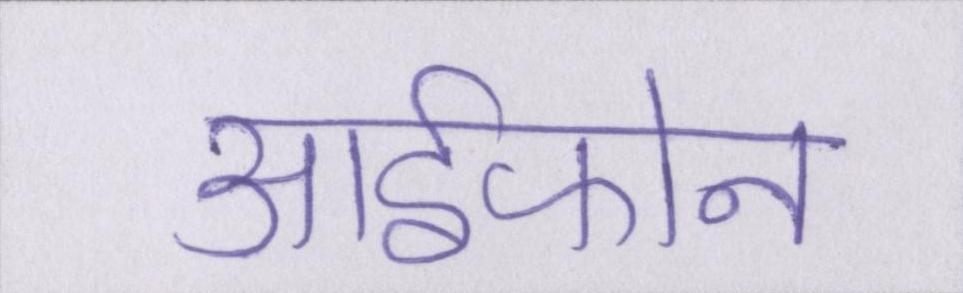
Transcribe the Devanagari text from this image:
आईफोन